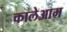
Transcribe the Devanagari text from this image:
कालेआम